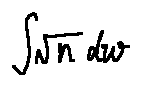
\int \sqrt { n } d w